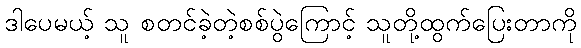
ဒါပေမယ့် သူ စတင်ခဲ့တဲ့စစ်ပွဲကြောင့် သူတို့ထွက်ပြေးတာကို